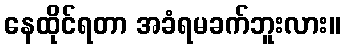
နေထိုင်ရတာ အခံရမခက်ဘူးလား။